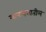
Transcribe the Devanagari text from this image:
मानधनातील